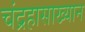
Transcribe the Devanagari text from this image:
चंद्रहासाख्यान